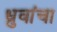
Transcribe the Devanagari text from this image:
ध्रुवांचा